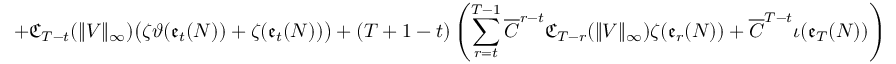
+ \mathfrak { C } _ { T - t } ( \| V \| _ { \infty } ) \big ( \zeta \vartheta ( \mathfrak { e } _ { t } ( N ) ) + \zeta ( \mathfrak { e } _ { t } ( N ) ) \big ) + ( T + 1 - t ) \left( \sum _ { r = t } ^ { T - 1 } \overline { C } ^ { r - t } \mathfrak { C } _ { T - r } ( \| V \| _ { \infty } ) \zeta ( \mathfrak { e } _ { r } ( N ) ) + \overline { C } ^ { T - t } \iota ( \mathfrak { e } _ { T } ( N ) ) \right)